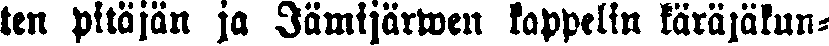
ten pitäjän ja Jämijärwen kappelin käräjäkun-